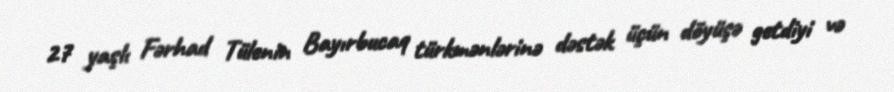
27 yaşlı Fərhad Tülenin Bayırbucaq türkmənlərinə dəstək üçün döyüşə getdiyi və